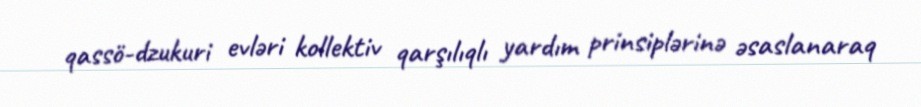
qassö-dzukuri evləri kollektiv qarşılıqlı yardım prinsiplərinə əsaslanaraq